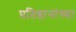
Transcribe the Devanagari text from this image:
प्रतिष्ठानांच्या